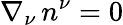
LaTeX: \nabla_{\nu}\, n^{\nu}=0